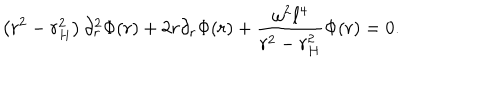
\left( r ^ { 2 } - r _ { H } ^ { 2 } \right) \partial _ { r } ^ { 2 } \Phi ( r ) + 2 r \partial _ { r } \Phi ( r ) + \frac { \omega ^ { 2 } \ell ^ { 4 } } { r ^ { 2 } - r _ { H } ^ { 2 } } \Phi ( r ) = 0 .